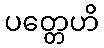
ပတ္တေဟိ